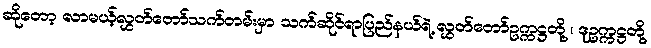
ဆိုတော့ လာမယ့်လွှတ်တော်သက်တမ်းမှာ သက်ဆိုင်ရာပြည်နယ်ရဲ့ လွှတ်တော်ဥက္ကဋ္ဌတို့ ၊ ဒုဥက္ကဋ္ဌတို့